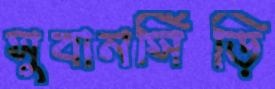
সুবানসিঁড়ি